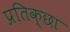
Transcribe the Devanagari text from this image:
प्रतिक्छा